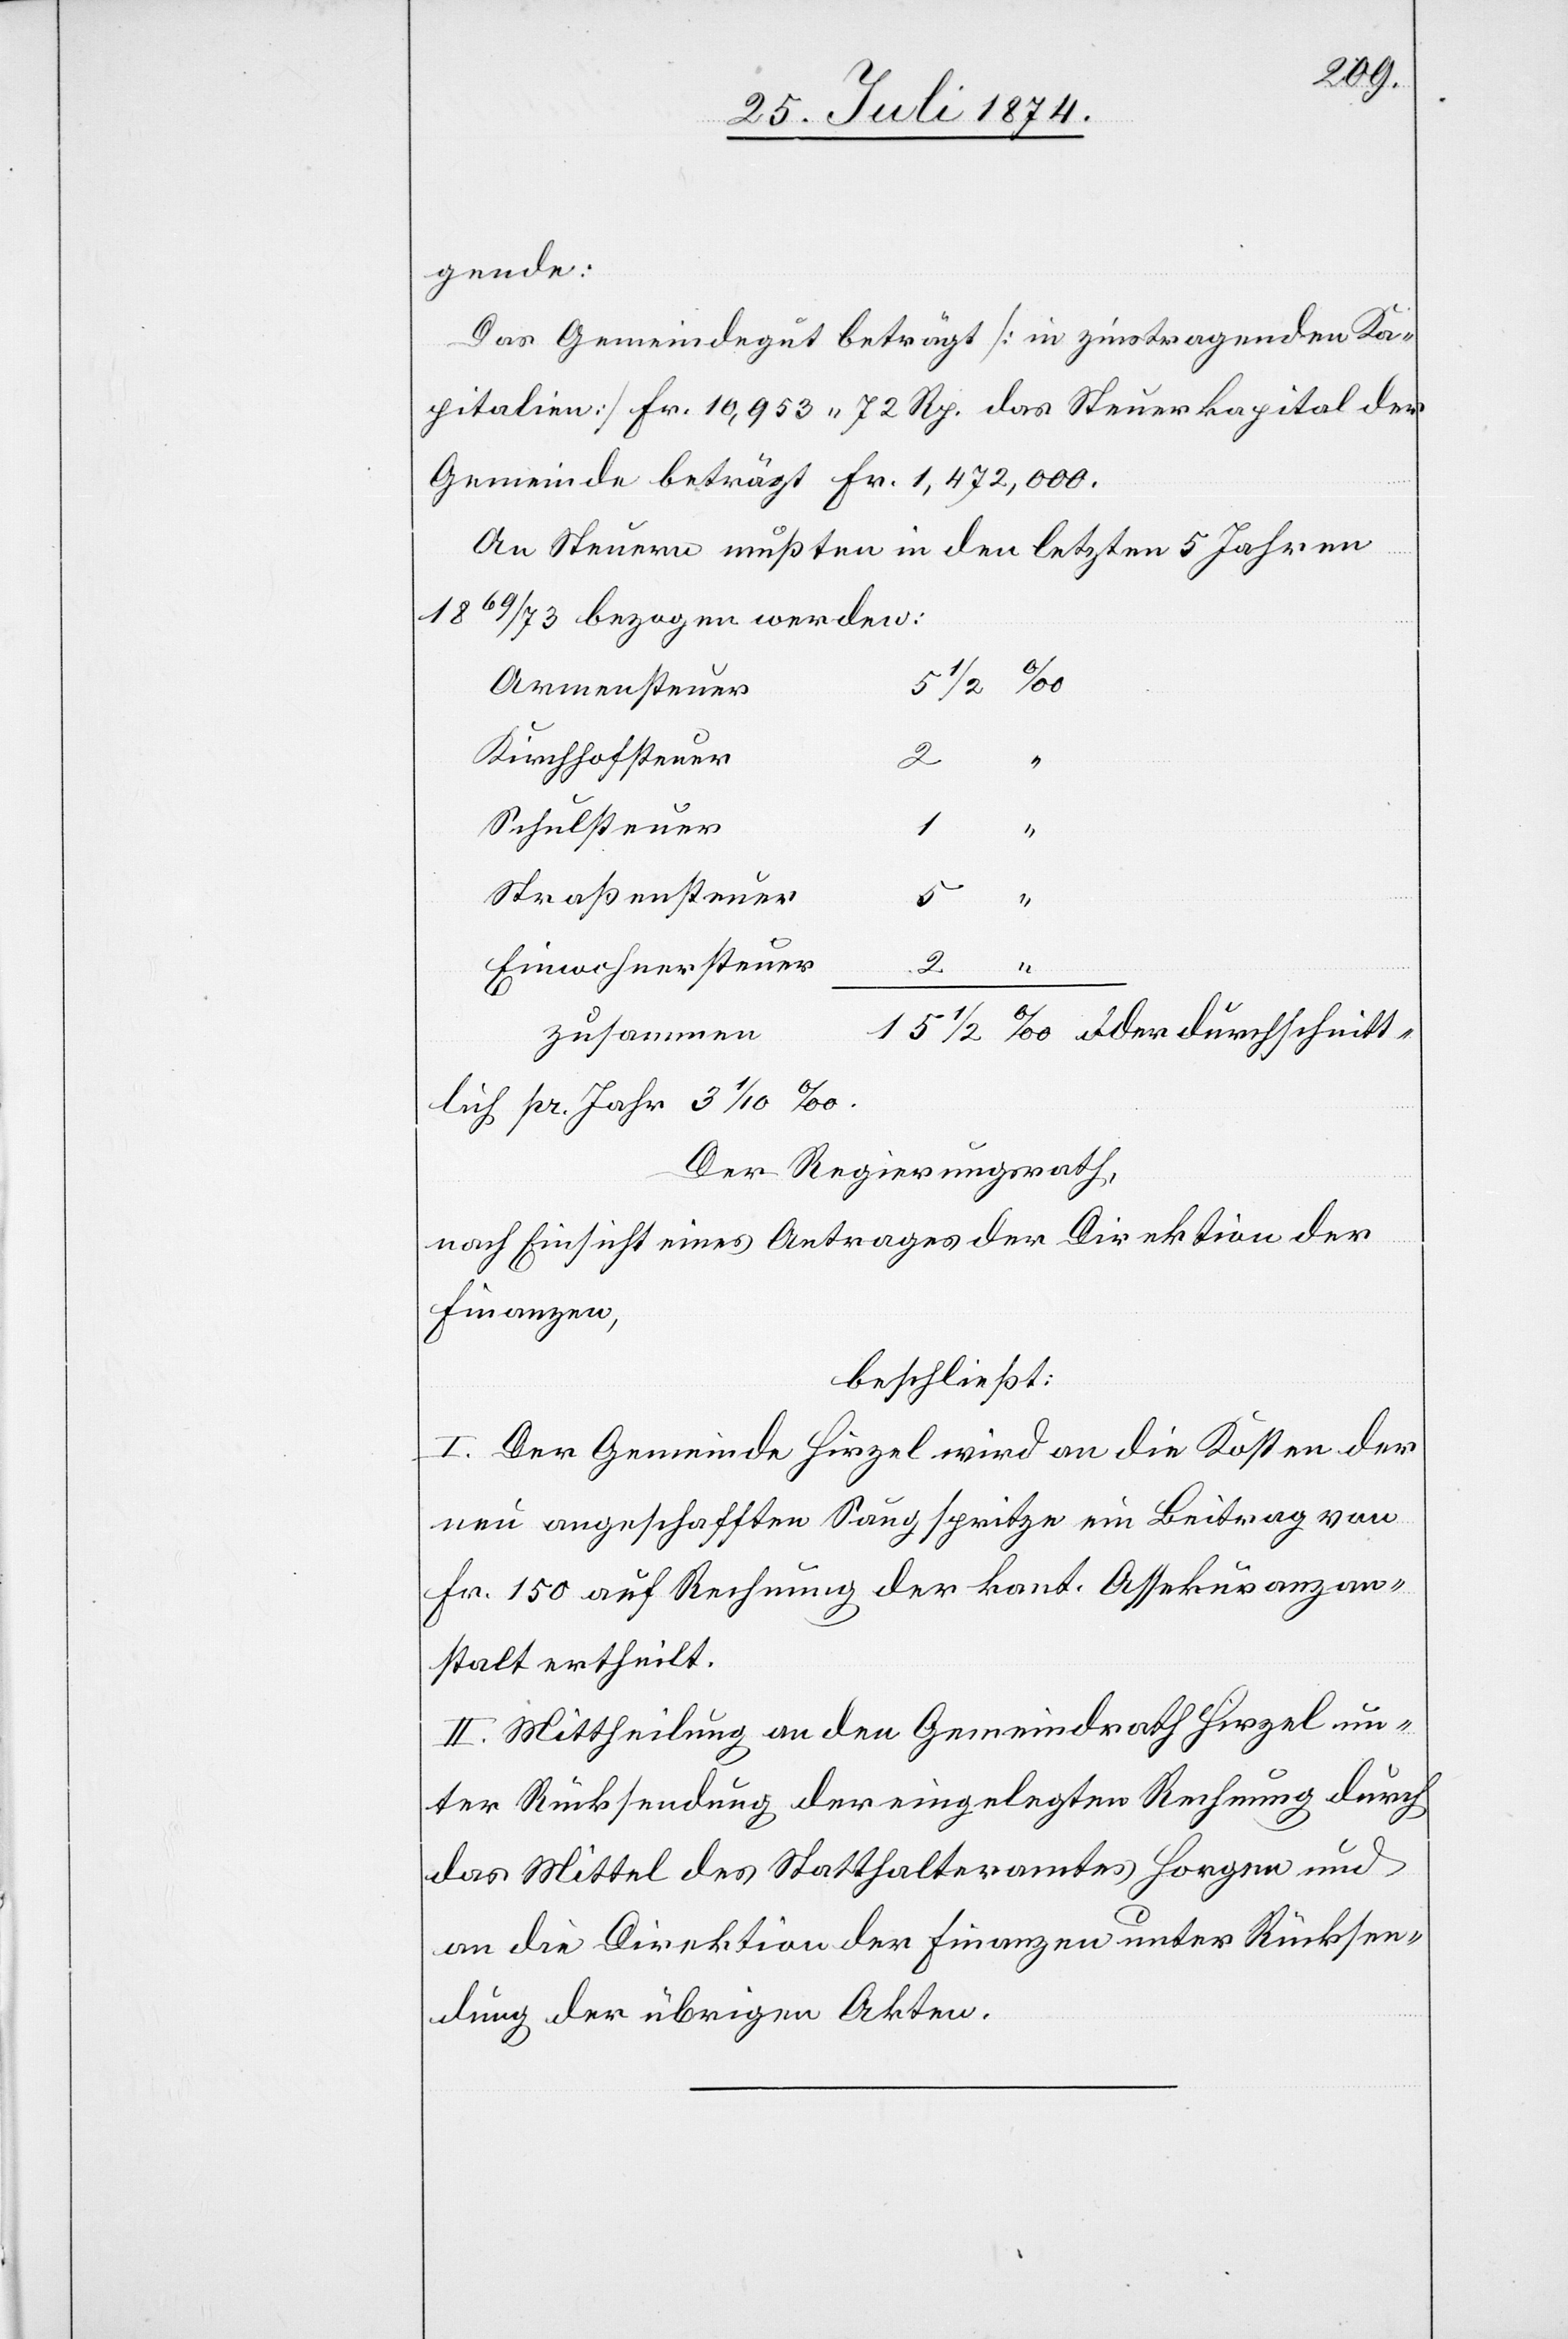
gende:
Das Gemeindgut beträgt [in zinstragenden Ka¬
pitalien] Fr. 10,953.72 Rp.[;] das Steuerkapital der
Gemeinde beträgt Fr. 1,472,000.
An Steuern mußten in den letzten 5 Jahren
1869/73 bezogen werden:
pr. Jahr
Armensteuer
Kirchhofsteuer
2
“
Schulsteuer
1
Straßensteuer
Einwohnersteuer
zusammen
Der Regierungsrath,
nach Einsicht eines Antrages der Direktion der
Finanzen,
beschließt:
I. Der Gemeinde Hirzel wird an die Kosten der
neu angeschafften Saugspritze ein Beitrag von
Fr. 150 auf Rechnung der kant. Assekuranzan¬
stalt ertheilt.
II. Mittheilung an den Gemeindrath Hirzel un¬
ter Rücksendung der eingelegten Rechnung durch
das Mittel des Statthalteramtes Horgen und
an die Direktion der Finanzen unter Rücksen¬
dung der übrigen Akten.